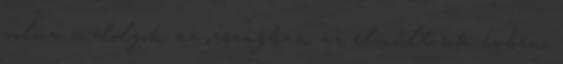
volna a dolgok az országban az elmúlt sok évben,